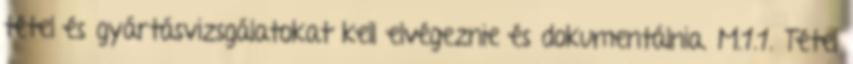
tétel és gyártásvizsgálatokat kell elvégeznie és dokumentálnia. M.1.1. Tétel